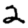
Digit: 2